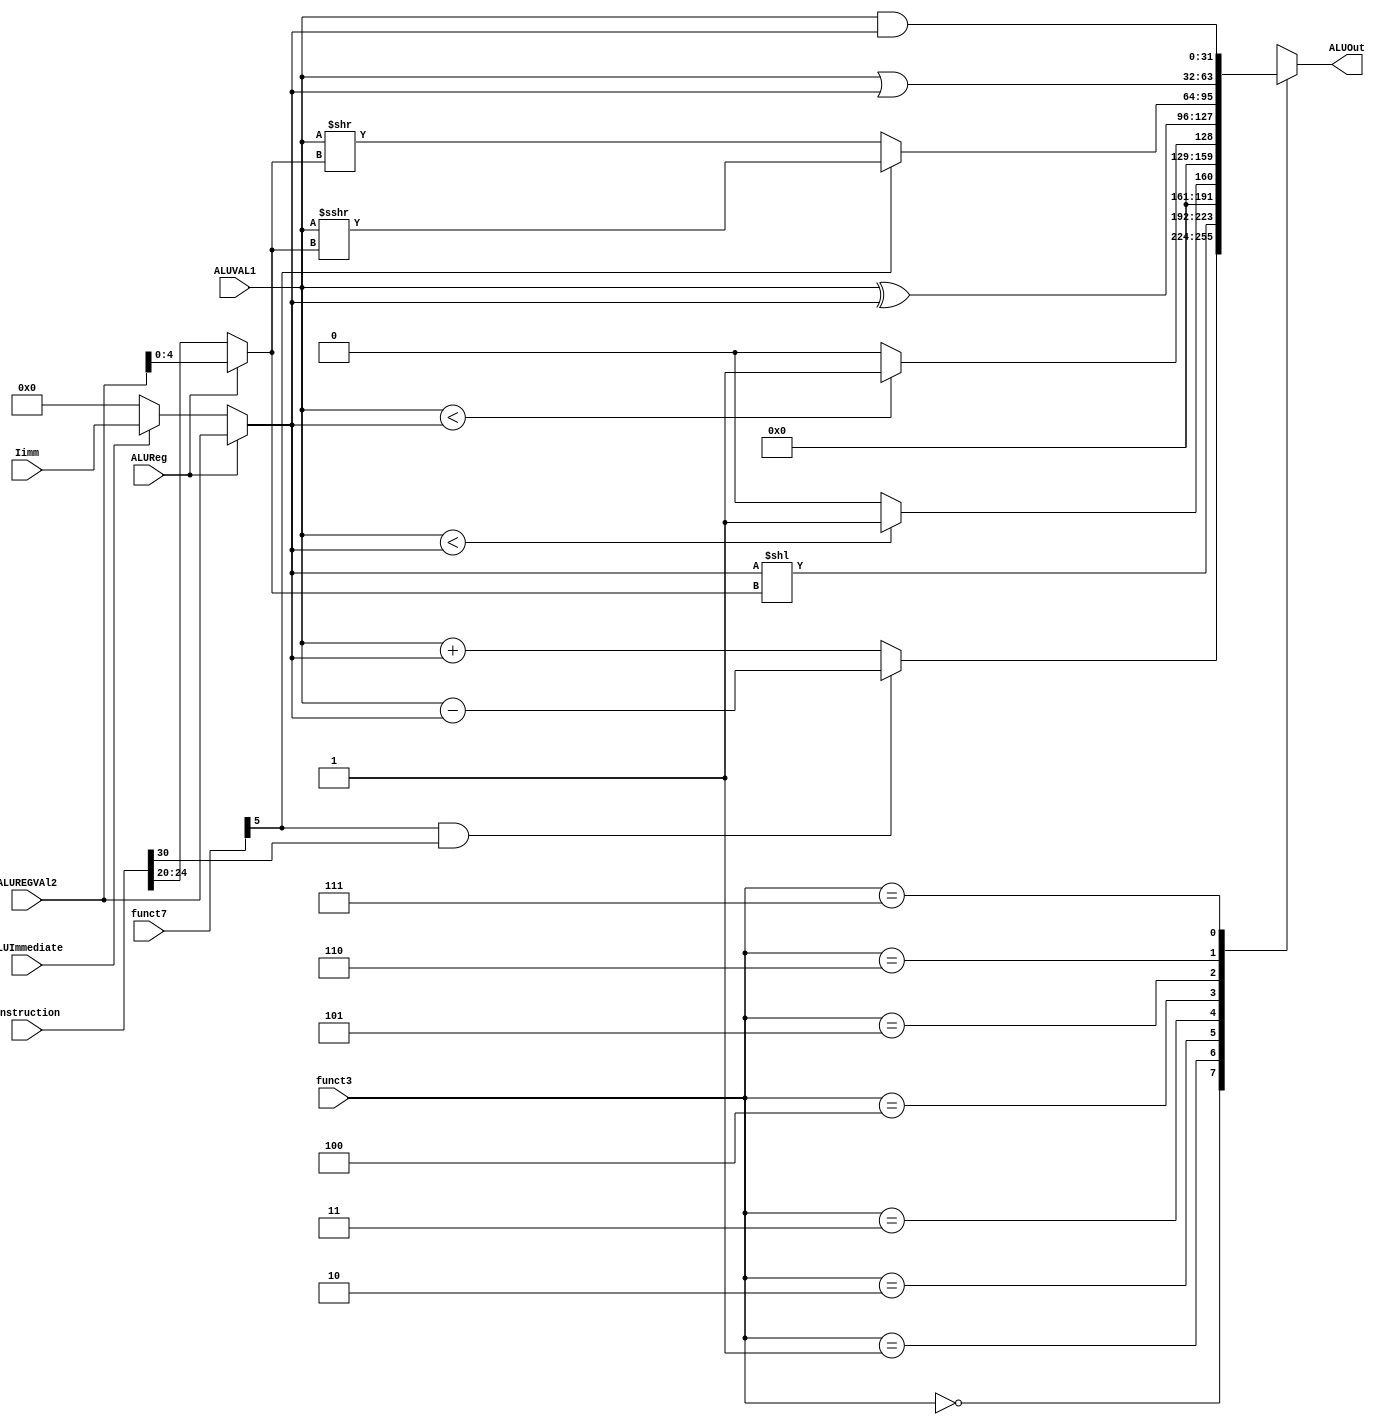
`timescale 1ns / 1ps

module ALU(
    input wire [31:0] instruction,
    input wire [31:0] ALUVAL1, // Register Source 1 is always used
    
    // Either Register Source two or Iimm
    input wire ALUReg,
    input wire ALUImmediate,
    
    // Bring in both values, we will decide using an if statement.
    input wire [31:0] ALUREGVAl2, // This is the value from register source 2
    input wire [31:0] Iimm,
    
    // Funct3 chooses the operation
    input wire [2:0] funct3,
    input wire [6:0] funct7,
    // ALU Out is sent to the destination register.
    output reg [31:0] ALUOut
);
    reg [31:0] ALUVAL2; // Internal value used for calculation
    wire [4:0] Shift = ALUReg ? ALUREGVAl2[4:0] : instruction[24:20];
    
    always @(*) begin
        if (ALUReg == 1) begin
            ALUVAL2 = ALUREGVAl2;
        end
        else if (ALUImmediate == 1) begin
            ALUVAL2 = Iimm;
        end 
        else begin
            ALUVAL2 = 0; 
        end
        // Determine ALUOut
        case(funct3)
            3'b000: ALUOut = (funct7[5] & instruction[30]) ? (ALUVAL1 - ALUVAL2) : (ALUVAL1 + ALUVAL2);
            3'b001: ALUOut = ALUVAL2 << Shift;
            3'b010: ALUOut = ($signed(ALUVAL1) < $signed(ALUVAL2)) ? 32'b1 : 32'b0;
            3'b011: ALUOut = (ALUVAL1 < ALUVAL2) ? 32'b1 : 32'b0;
            3'b100: ALUOut = (ALUVAL1 ^ ALUVAL2);
            3'b101: ALUOut = funct7[5] ? ($signed(ALUVAL1) >>> Shift) : (ALUVAL1 >> Shift); //Seems to have issues with the 31st bit.
            3'b110: ALUOut = (ALUVAL1 | ALUVAL2);
            3'b111: ALUOut = (ALUVAL1 & ALUVAL2);
            default: ALUOut = 32'b0; //In case something goes wrong.
        endcase
    end
endmodule